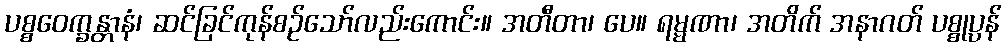
ပစ္စဝေက္ခန္တာနံ၊ ဆင်ခြင်ကုန်စဉ်သော်လည်းကောင်း။ အတီတာ၊ ပေ။ ရမ္မဏာ၊ အတိက် အနာဂတ် ပစ္စုပ္ပန်